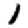
Digit: 1